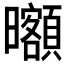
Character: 𣌔